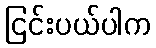
ငြင်းပယ်ပါက